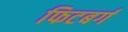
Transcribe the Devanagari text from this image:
फिटबर्ग